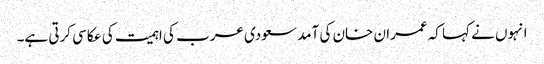
انہوں نے کہا کہ عمران خان کی آمد سعودی عرب کی اہمیت کی عکاسی کرتی ہے۔